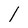
Character: l